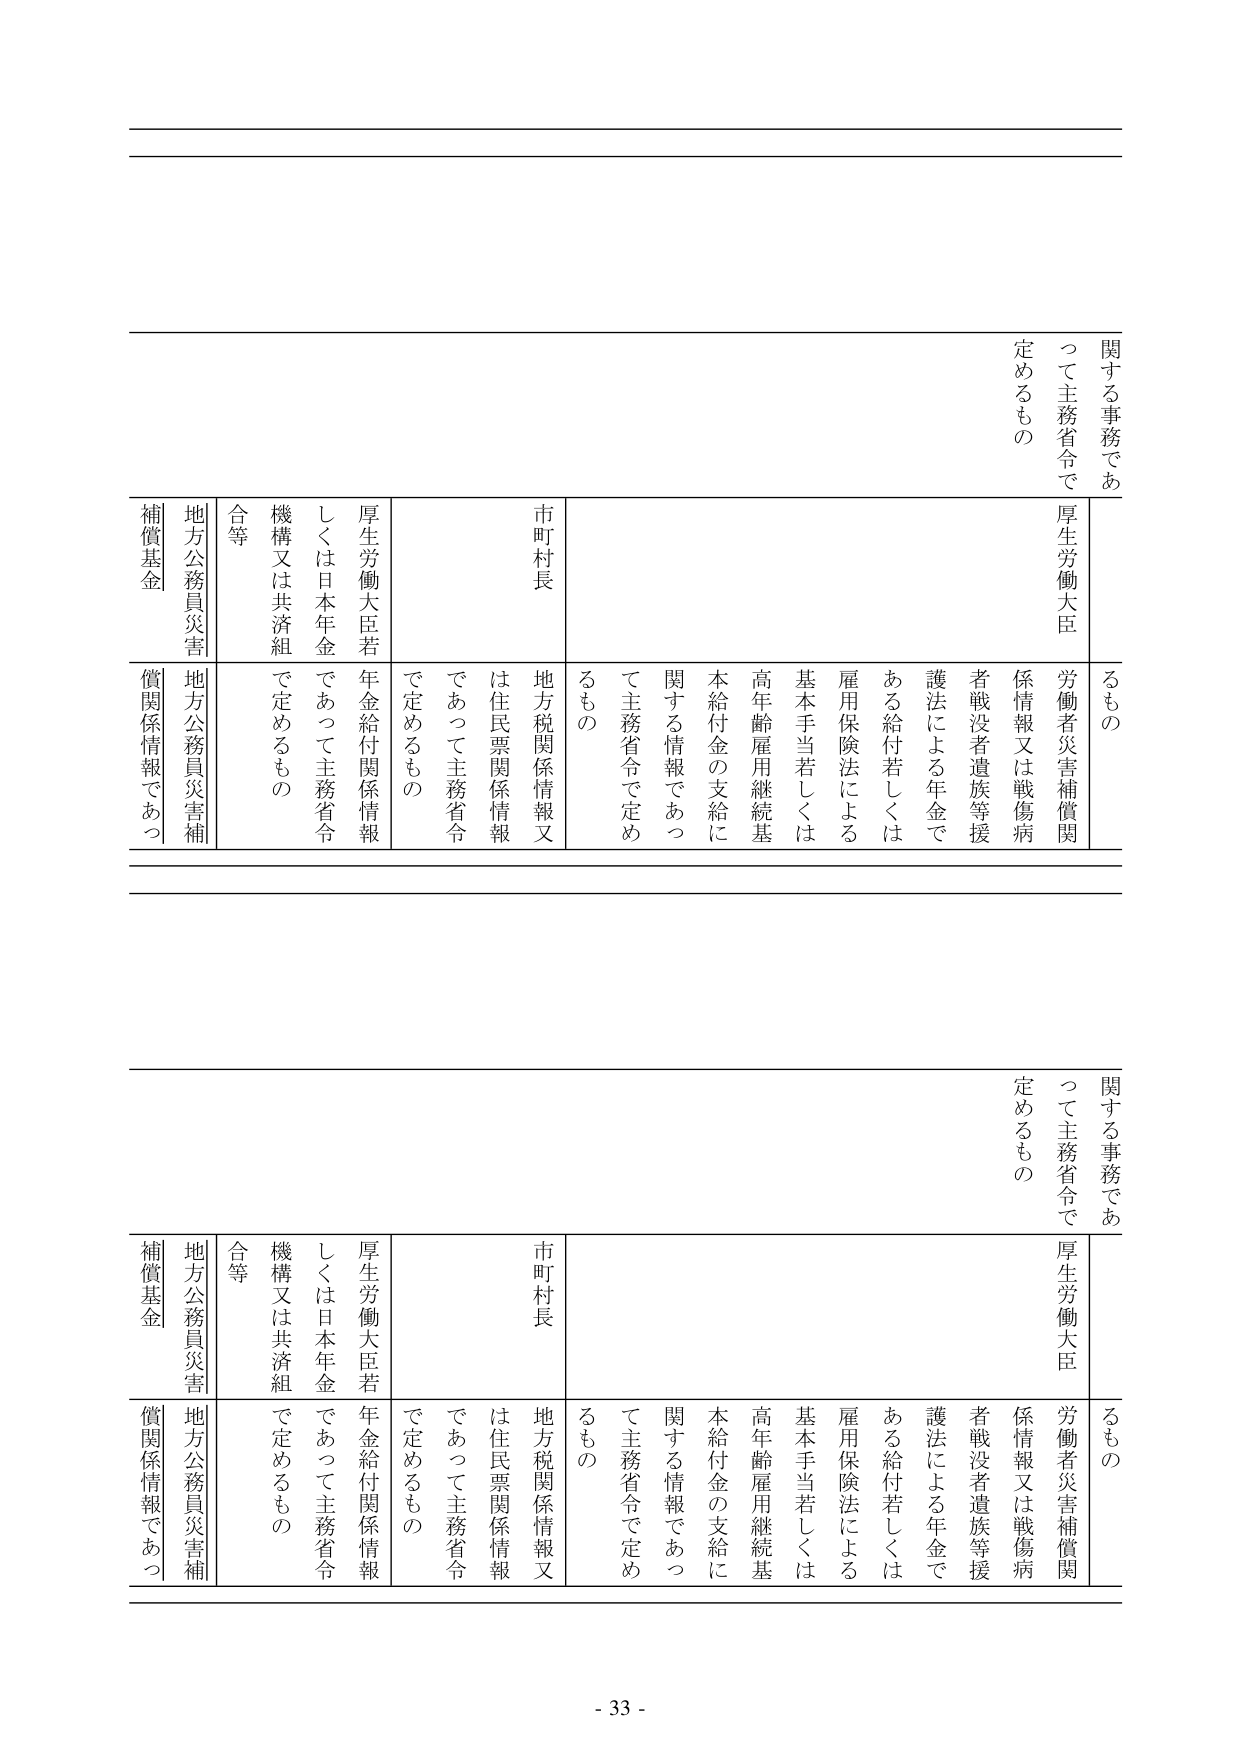
関する事務であ
るものの
厚生労働大臣
労働者災害補償関
係情報又は戦傷病
者戦没者遺族等援
護法による年金で
ある給付若しくは
雇用保険法による
基本手当若しくは
高年齢雇用継続基
本給付金の支給に
関する情報であっ
て主務省令で定め
るもの
市町村長
地方税関係情報又
は住民票関係情報
であって主務省令
で定めるもの
厚生労働大臣若
しくは日本年金
機構又は共済組
合等
地方公務員災害
補償基金
地方公務員災害補
償関係情報であっ
て主務省令で
定めるもの

関する事務であ
るものの
厚生労働大臣
労働者災害補償関
係情報又は戦傷病
者戦没者遺族等援
護法による年金で
ある給付若しくは
雇用保険法による
基本手当若しくは
高年齢雇用継続基
本給付金の支給に
関する情報であっ
て主務省令で定め
るもの
市町村長
地方税関係情報又
は住民票関係情報
であって主務省令
で定めるもの
厚生労働大臣若
しくは日本年金
機構又は共済組
合等
地方公務員災害
補償基金
地方公務員災害補
償関係情報であっ
て主務省令で
定めるもの

- 33 -